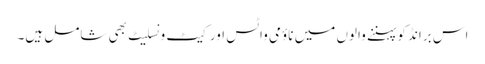
اس برانڈ کو پہننے والوں میں ناؤمی واٹس اور کیٹ ونسلیٹ بھی شامل ہیں۔